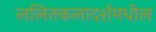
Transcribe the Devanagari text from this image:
ललितकलादर्शमधील